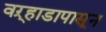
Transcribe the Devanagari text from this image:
वऱ्हाडापासून